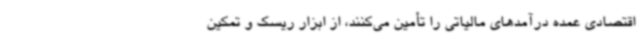
اقتصادی عمده درآمدهای مالیاتی را تأمین می‌کنند، از ابزار ریسک و تمکین